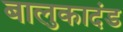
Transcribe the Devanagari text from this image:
बालुकादंड